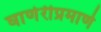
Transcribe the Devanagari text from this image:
घाणेरीप्रमाणे